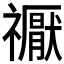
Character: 𥜒